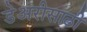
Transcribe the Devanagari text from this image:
डेअरीसाठी